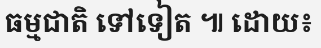
ធម្មជាតិ ទៅទៀត ៕ ដោយ៖